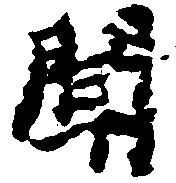
聞